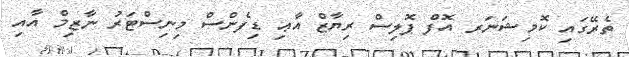
ތެރޭގައި ކޮމިޝަނަރ އޮފް ޕޮލިސް ރިޔާޒް އާޢި ޑިފެންސް މިނިސްޓަރު ނާޒިމް އާއި